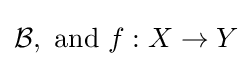
{\mathcal {B}},{\text{ and }}f:X\to Y